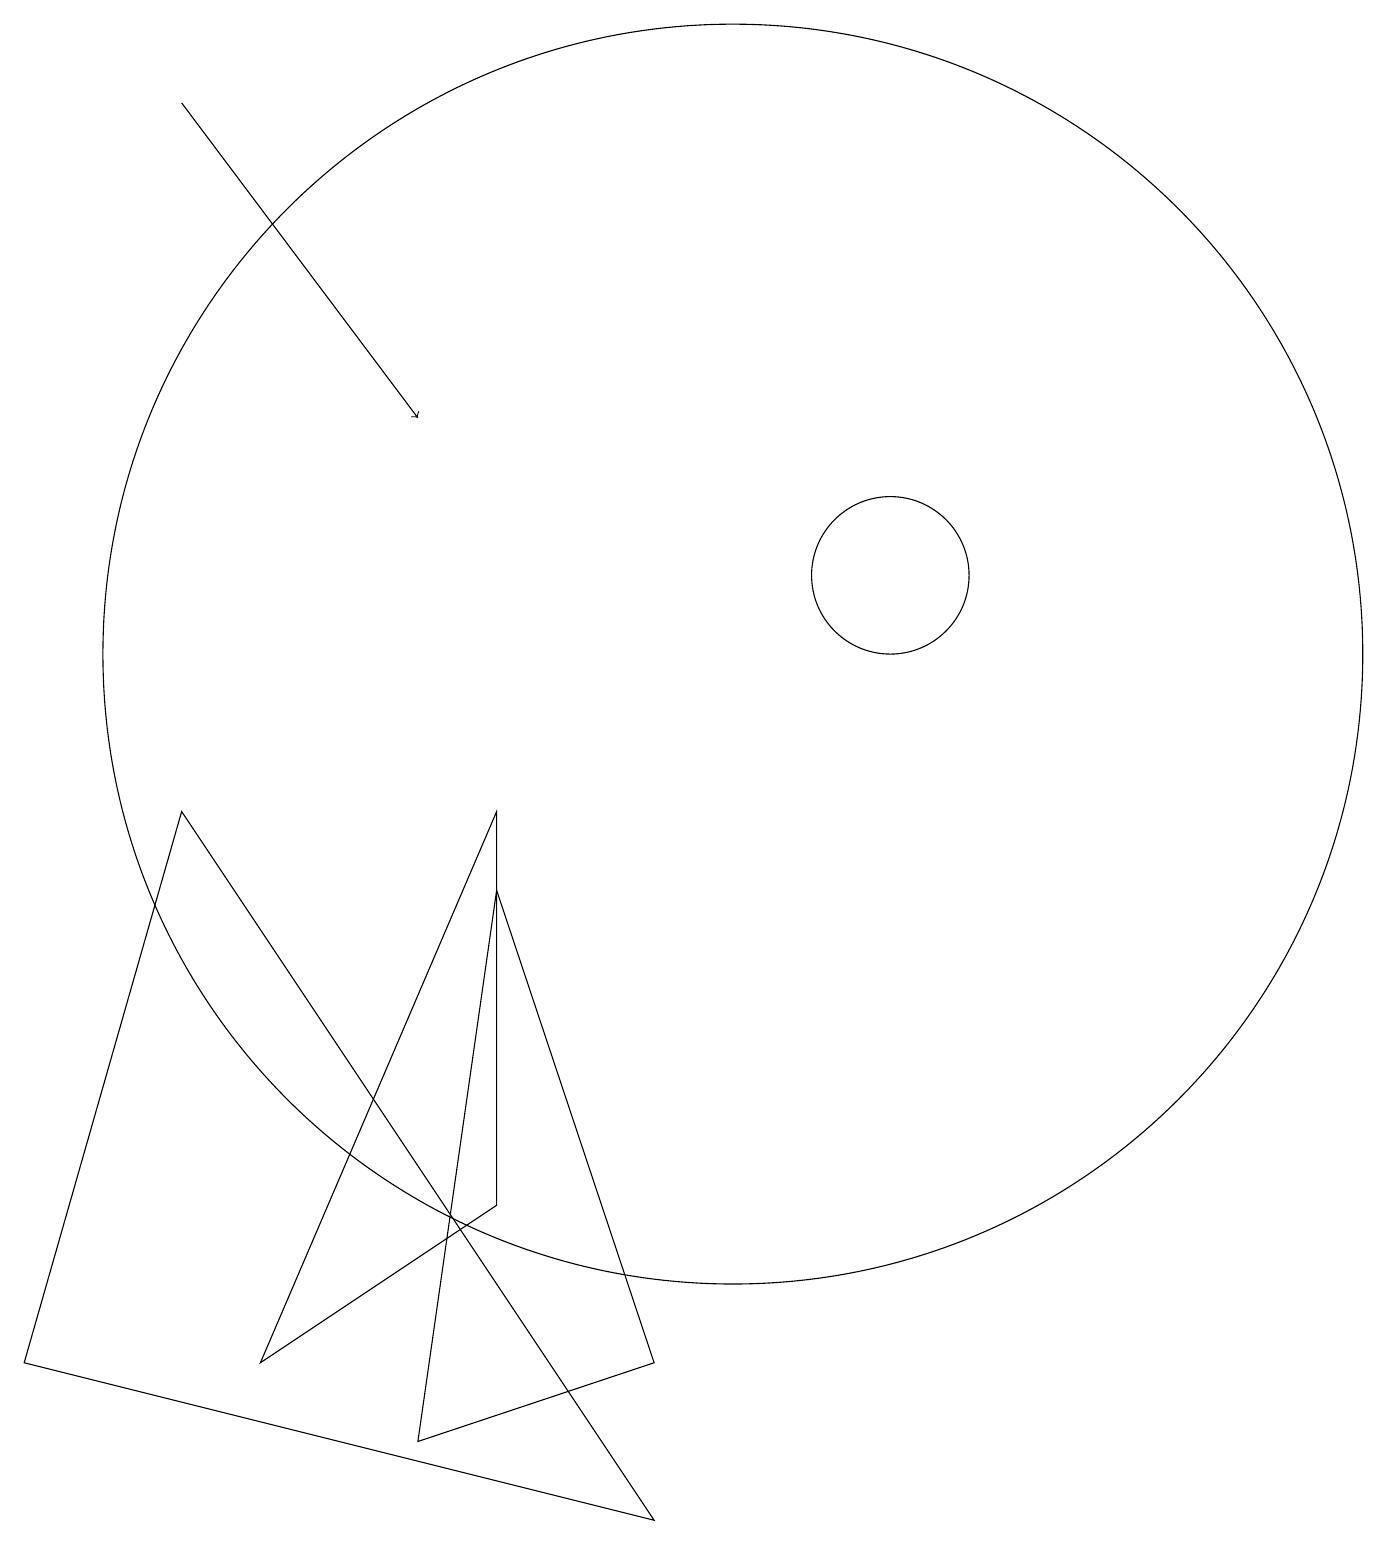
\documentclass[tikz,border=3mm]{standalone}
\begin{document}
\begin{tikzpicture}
\draw (10,11) circle (8);
\draw[->] (3,18) -- (6,14);
\draw (6,1) -- (7,8) -- (9,2) -- cycle;
\draw (9,0) -- (3,9) -- (1,2) -- cycle;
\draw (12,12) circle (1);
\draw (7,9) -- (4,2) -- (7,4) -- cycle;
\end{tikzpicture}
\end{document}